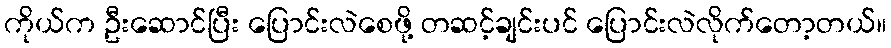
ကိုယ်က ဦးဆောင်ပြီး ပြောင်းလဲစေဖို့ တဆင့်ချင်းပင် ပြောင်းလဲလိုက်တော့တယ်။